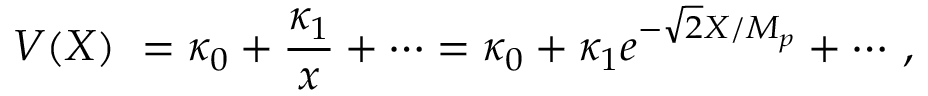
V ( X ) \ = \kappa _ { 0 } + { \frac { \kappa _ { 1 } } { x } } + \cdots = \kappa _ { 0 } + \kappa _ { 1 } e ^ { - \sqrt { 2 } X / M _ { p } } + \cdots \, ,